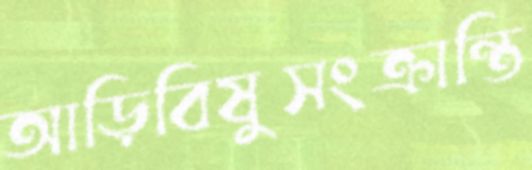
আড়িবিষুসংক্রান্তি